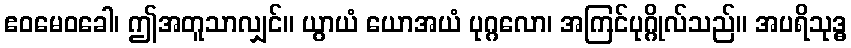
ဧဝမေဝခေါ၊ ဤအတူသာလျှင်။ ယွာယံ ယောအယံ ပုဂ္ဂလော၊ အကြင်ပုဂ္ဂိုလ်သည်။ အပရိသုဒ္ဓ